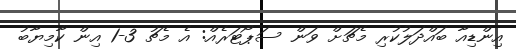
އިންޑިއާ ބައްދަލުކުރި މެޗަށް ވަން ސަޕޯޓަރެއް: އެ މެޗު 3-1 އިން ކާމިޔާބު